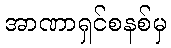
အာဏာရှင်စနစ်မှ